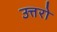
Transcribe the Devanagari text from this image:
उत्तरो